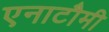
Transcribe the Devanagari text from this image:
एनाटौमी